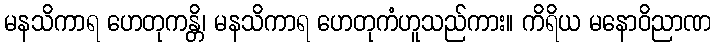
မနသိကာရ ဟေတုကန္တိ၊ မနသိကာရ ဟေတုကံဟူသည်ကား။ ကိရိယ မနောဝိညာဏ